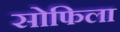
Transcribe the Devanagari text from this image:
सोफिला